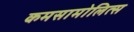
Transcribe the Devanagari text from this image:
कमसामोलित्स